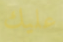
عليك